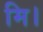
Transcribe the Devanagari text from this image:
मि।